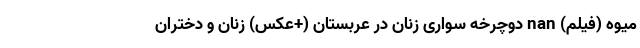
میوه (فیلم) nan دوچرخه سواری زنان در عربستان (+عکس) زنان و دختران